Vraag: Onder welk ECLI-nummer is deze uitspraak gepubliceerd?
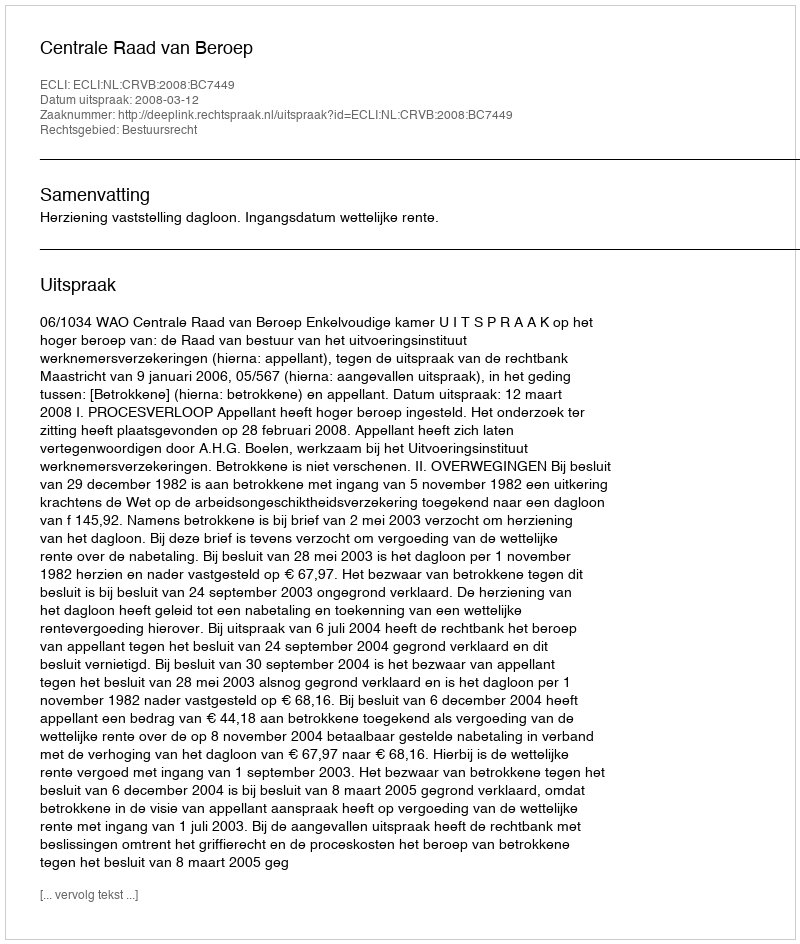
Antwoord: ECLI:NL:CRVB:2008:BC7449